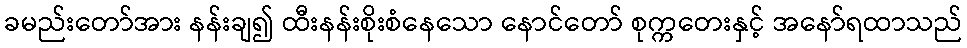
ခမည်းတော်အား နန်းချ၍ ထီးနန်းစိုးစံနေသော နောင်တော် စုက္ကတေးနှင့် အနော်ရထာသည်